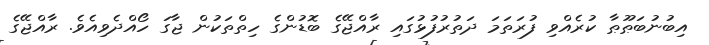
އިބުނުބަޠޫޠާ ކުރެއްވި ފުރަތަމަ ދަތުރުފުޅުގައި ރާއްޖޭގެ ބޮޑުންގެ ހިތްތަކުން ޖާގަ ހޯއްދެވިއެވެ. ރާއްޖޭގެ